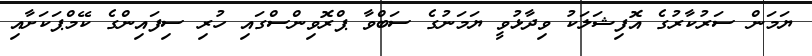
ޔަމަން ސަރުކާރުގެ އޮފިޝަލަކު ވިދާޅުވީ ޔަމަނުގެ ސަބްވާ ޕްރޮވިންސްގައި ހުރި ސިފައިންގެ ކޭމްޕަކަށާއި